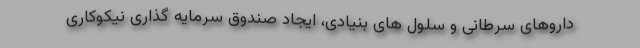
داروهای سرطانی و سلول های بنیادی، ایجاد صندوق سرمایه گذاری نیکوکاری